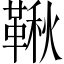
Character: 鞦